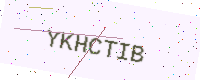
Text: YKHCTIB